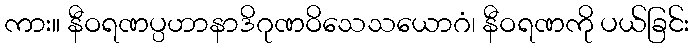
ကား။ နီဝရဏပ္ပဟာနာဒိဂုဏဝိသေသယောဂံ၊ နီဝရဏကို ပယ်ခြင်း